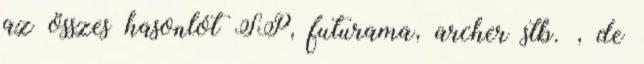
az összes hasonlót SP, futurama, archer stb. , de